Insane asylums in Bengal annual reports 1867-1875 - 1867-1875
Year: 1867
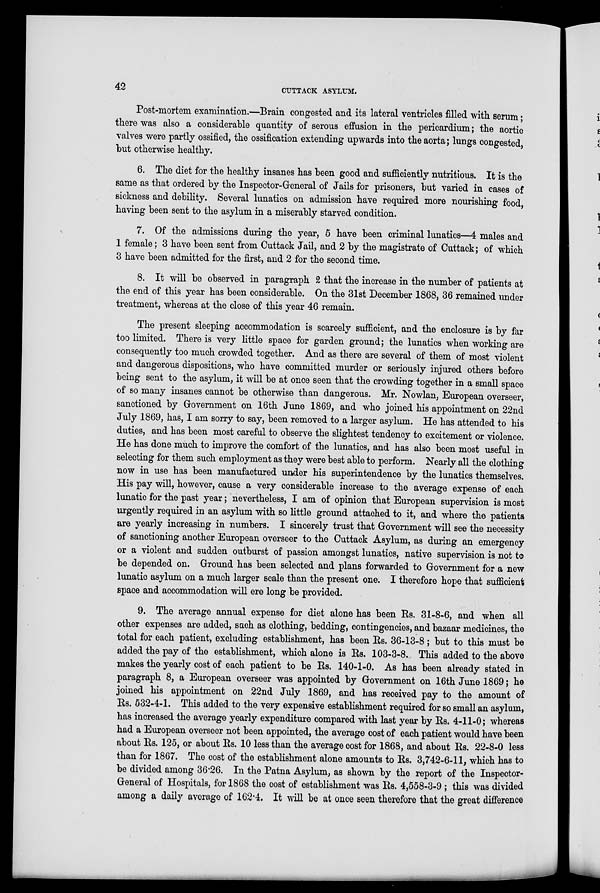
42
CUTTACK ASYLUM.
Post-mortem examination.—Brain congested and its lateral ventricles filled with serum ;
there was also a considerable quantity of serous effusion in the pericardium; the aortic
valves were partly ossified, the ossification extending upwards into the aorta; lungs congested,
but otherwise healthy.
6. The diet for the healthy insanes has been good and sufficiently nutritious. It is the
same as that ordered by the Inspector-General of Jails for prisoners, but varied in cases of
sickness and debility. Several lunatics on admission have required more nourishing food,
having been sent to the asylum in a miserably starved condition.
7. Of the admissions during the year, 5 have been criminal lunatics—4 males and
1 female ; 3 have been sent from Cuttack Jail, and 2 by the magistrate of Cuttack ; of which
3 have been admitted for the first, and 2 for the second time.
8. It will be observed in paragraph 2 that the increase in the number of patients at
the end of this year has been considerable. On the 31st December 1868, 36 remained under
treatment, whereas at the close of this year 46 remain.
The present sleeping accommodation is scarcely sufficient, and the enclosure is by far
too limited. There is very little space for garden ground; the lunatics when working are
consequently too much crowded together. And as there are several of them of most violent
and dangerous dispositions, who have committed murder or seriously injured others before
being sent to the asylum, it will be at once seen that the crowding together in a small space
of so many insanes cannot be otherwise than dangerous. Mr. Nowlan, European overseer,
sanctioned by Government on 16th June 1869, and who joined his appointment on 22nd
July 1869, has, I am sorry to say, been removed to a larger asylum. He has attended to his
duties, and has been most careful to observe the slightest tendency to excitement or violence.
He has done much to improve the comfort of the lunatics, and has also been most useful in
selecting for them such employment as they were best able to perform. Nearly all the clothing
now in use has been manufactured under his superintendence by the lunatics themselves.
His pay will, however, cause a very considerable increase to the average expense of each
lunatic for the past year; nevertheless, I am of opinion that European supervision is most
urgently required in an asylum with so little ground attached to it, and where the patients
are yearly increasing in numbers. I sincerely trust that Government will see the necessity
of sanctioning another European overseer to the Cuttack Asylum, as during an emergency
or a violent and sudden outburst of passion amongst lunatics, native supervision is not to
be depended on. Ground has been selected and plans forwarded to Government for a new
lunatic asylum on a much larger scale than the present one. I therefore hope that sufficient
space and accommodation will ere long be provided.
9. The average annual expense for diet alone has been Rs. 31-8-6, and when all
other expenses are added, such as clothing, bedding, contingencies, and bazaar medicines, the
total for each patient, excluding establishment, has been Rs. 36-13-8 ; but to this must be
added the pay of the establishment, which alone is Rs. 103-3-8. This added to the above
makes the yearly cost of each patient to be Rs. 140-1-0. As has been already stated in
paragraph 8, a European overseer was appointed by Government on 16th June 1869 ; he
joined his appointment on 22nd July 1869, and has received pay to the amount of
Rs. 532-4-1. This added to the very expensive establishment required for so small an asylum,
has increased the average yearly expenditure compared with last year by Rs. 4-11-0; whereas
had a European overseer not been appointed, the average cost of each patient would have been
about Rs. 125, or about Rs. 10 less than the average cost for 1868, and about Rs. 22-8-0 less
than for 1867. The cost of the establishment alone amounts to Rs. 3,742-6-11, which has to
be divided among 36.26. In the Patna Asylum, as shown by the report of the Inspector-
General of Hospitals, for 1868 the cost of establishment was Rs. 4,558-3-9 ; this was divided
among a daily average of 162.4. It will be at once seen therefore that the great difference